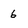
Character: 6